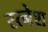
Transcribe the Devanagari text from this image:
रत्नेश